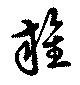
雑